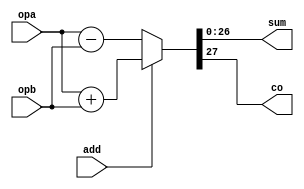
/////////////////////////////////////////////////////////////////////
////                                                             ////
////  Primitives                                                 ////
////  FPU Primitives                                             ////
////                                                             ////
////          rudi@asics.ws                                      ////
////                                                             ////
/////////////////////////////////////////////////////////////////////
////                                                             ////
//// Copyright (C) 2000 Rudolf Usselmann                         ////
////                    rudi@asics.ws                            ////
////                                                             ////
//// This source file may be used and distributed without        ////
//// restriction provided that this copyright statement is not   ////
//// removed from the file and that any derivative work contains ////
//// the original copyright notice and the associated disclaimer.////
////                                                             ////
////     THIS SOFTWARE IS PROVIDED ``AS IS'' AND WITHOUT ANY     ////
//// EXPRESS OR IMPLIED WARRANTIES, INCLUDING, BUT NOT LIMITED   ////
//// TO, THE IMPLIED WARRANTIES OF MERCHANTABILITY AND FITNESS   ////
//// FOR A PARTICULAR PURPOSE. IN NO EVENT SHALL THE AUTHOR      ////
//// OR CONTRIBUTORS BE LIABLE FOR ANY DIRECT, INDIRECT,         ////
//// INCIDENTAL, SPECIAL, EXEMPLARY, OR CONSEQUENTIAL DAMAGES    ////
//// (INCLUDING, BUT NOT LIMITED TO, PROCUREMENT OF SUBSTITUTE   ////
//// GOODS OR SERVICES; LOSS OF USE, DATA, OR PROFITS; OR        ////
//// BUSINESS INTERRUPTION) HOWEVER CAUSED AND ON ANY THEORY OF  ////
//// LIABILITY, WHETHER IN  CONTRACT, STRICT LIABILITY, OR TORT  ////
//// (INCLUDING NEGLIGENCE OR OTHERWISE) ARISING IN ANY WAY OUT  ////
//// OF THE USE OF THIS SOFTWARE, EVEN IF ADVISED OF THE         ////
//// POSSIBILITY OF SUCH DAMAGE.                                 ////
////                                                             ////
/////////////////////////////////////////////////////////////////////


//`timescale 1ns / 100ps


//function [7:0] GetByte;        //FUNCTION DEFINITION
//  input [63:0] Word;             //declaration order
//  input [3:0] ByteNum;           //determines order
//  integer Bit;                   //of arguments when
//  reg [7:0] temp;                //called
//  begin
    //for (Bit=0; Bit<=7; Bit=Bit+1)
    //temp[Bit] = Word[((ByteNum-1)*8)+Bit];
    //GetByte = temp;              //A function returns
  //end                            // the value assigned
//endfunction                      // to its name
    




////////////////////////////////////////////////////////////////////////
//
// Add/Sub
//

module add_sub27(add, opa, opb, sum, co);
input		add;
input	[26:0]	opa, opb;
output	[26:0]	sum;
output		co;



assign {co, sum} = add ? (opa + opb) : (opa - opb);

endmodule

////////////////////////////////////////////////////////////////////////
//
// Multiply
//

module mul_r2(clk, opa, opb, prod);
input		clk;
input	[23:0]	opa, opb;
output	[47:0]	prod;

reg	[47:0]	prod1, prod;

always @(posedge clk)
	prod1 <= #1 opa * opb;

always @(posedge clk)
	prod <= #1 prod1;

endmodule

////////////////////////////////////////////////////////////////////////
//
// Divide
//

//module div_r2(clk, opa, opb, quo, rem);
//input		clk;
//input	[49:0]	opa;
//input	[23:0]	opb;
//output	[49:0]	quo, rem;
//
//reg	[49:0]	quo, rem, quo1, remainder;
//
//always @(posedge clk)
//	quo1 <= #1 opa / opb;
//	// TEMPORARY DIVISION Chirayu
//	//quo1 <= #1 opa * opb;
//
//always @(posedge clk)
//	quo <= #1 quo1;
//
//always @(posedge clk)
//	remainder <= #1 opa % opb;
//	// TEMPORARY REMAINDER Chirayu
//	//remainder <= #1 opa * opb;
//
//always @(posedge clk)
//	rem <= #1 remainder;
//
//endmodule

//module simple_divider(quotient,remainder,dividend,divider);
module div_r2(clk, opa, opb, quo, rem);   
   input  [49:0]  opa;
   input  [23:0]  opb;
   output [49:0]  quo, rem;
   input         clk;

   reg	[49:0]	quo, rem, quo1, rem1;

//  """"""""|
//     1011 |  <----  dividend_copy
// -0011    |  <----  divider_copy
//  """"""""|    0  Difference is negative: copy dividend and put 0 in quotient.
//     1011 |  <----  dividend_copy
//  -0011   |  <----  divider_copy
//  """"""""|   00  Difference is negative: copy dividend and put 0 in quotient.
//     1011 |  <----  dividend_copy
//   -0011  |  <----  divider_copy
//  """"""""|  001  Difference is positive: use difference and put 1 in quotient.
//            quotient (numbers above)   


   reg [49:0]    quotient;
   reg [49:0]    dividend_copy, diff;
   reg [49:0]    divider_copy;
   wire [49:0]   remainder = dividend_copy[49:0];
   integer i;

always @(opa,opb) begin
    for (i=-1; i<27; i=i+1) begin
        if (i==-1) begin
            // initialization
		quotient = 49'd0;
		dividend_copy = opa;
		divider_copy = {opb,26'd0};
	end else begin
            diff = dividend_copy - divider_copy;
            quotient = quotient << 1;

            if( !diff[49] ) begin
                dividend_copy = diff;
                quotient[0] = 1'd1;
            end
            divider_copy = divider_copy >> 1;
 	end
    end
end

always @(posedge clk)
      quo1 <= #1 quotient;

always @(posedge clk)
	quo <= #1 quo1;

always @(posedge clk)
	rem1 <= #1 remainder;

always @(posedge clk)
	rem <= #1 remainder;
endmodule

//force -freeze /div_r2/opa 10#5
//force -freeze /div_r2/opb 10#3
//force -freeze /div_r2/clk -repeat 10 0 0 ,1 5
//run 10